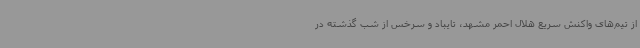
از تیم‌های واکنش سریع هلال احمر مشهد، تایباد و سرخس از شب گذشته در